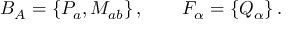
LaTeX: B _ { A } = \{ P _ { a } , M _ { a b } \} \, , \qquad F _ { \alpha } = \{ Q _ { \alpha } \} \, .